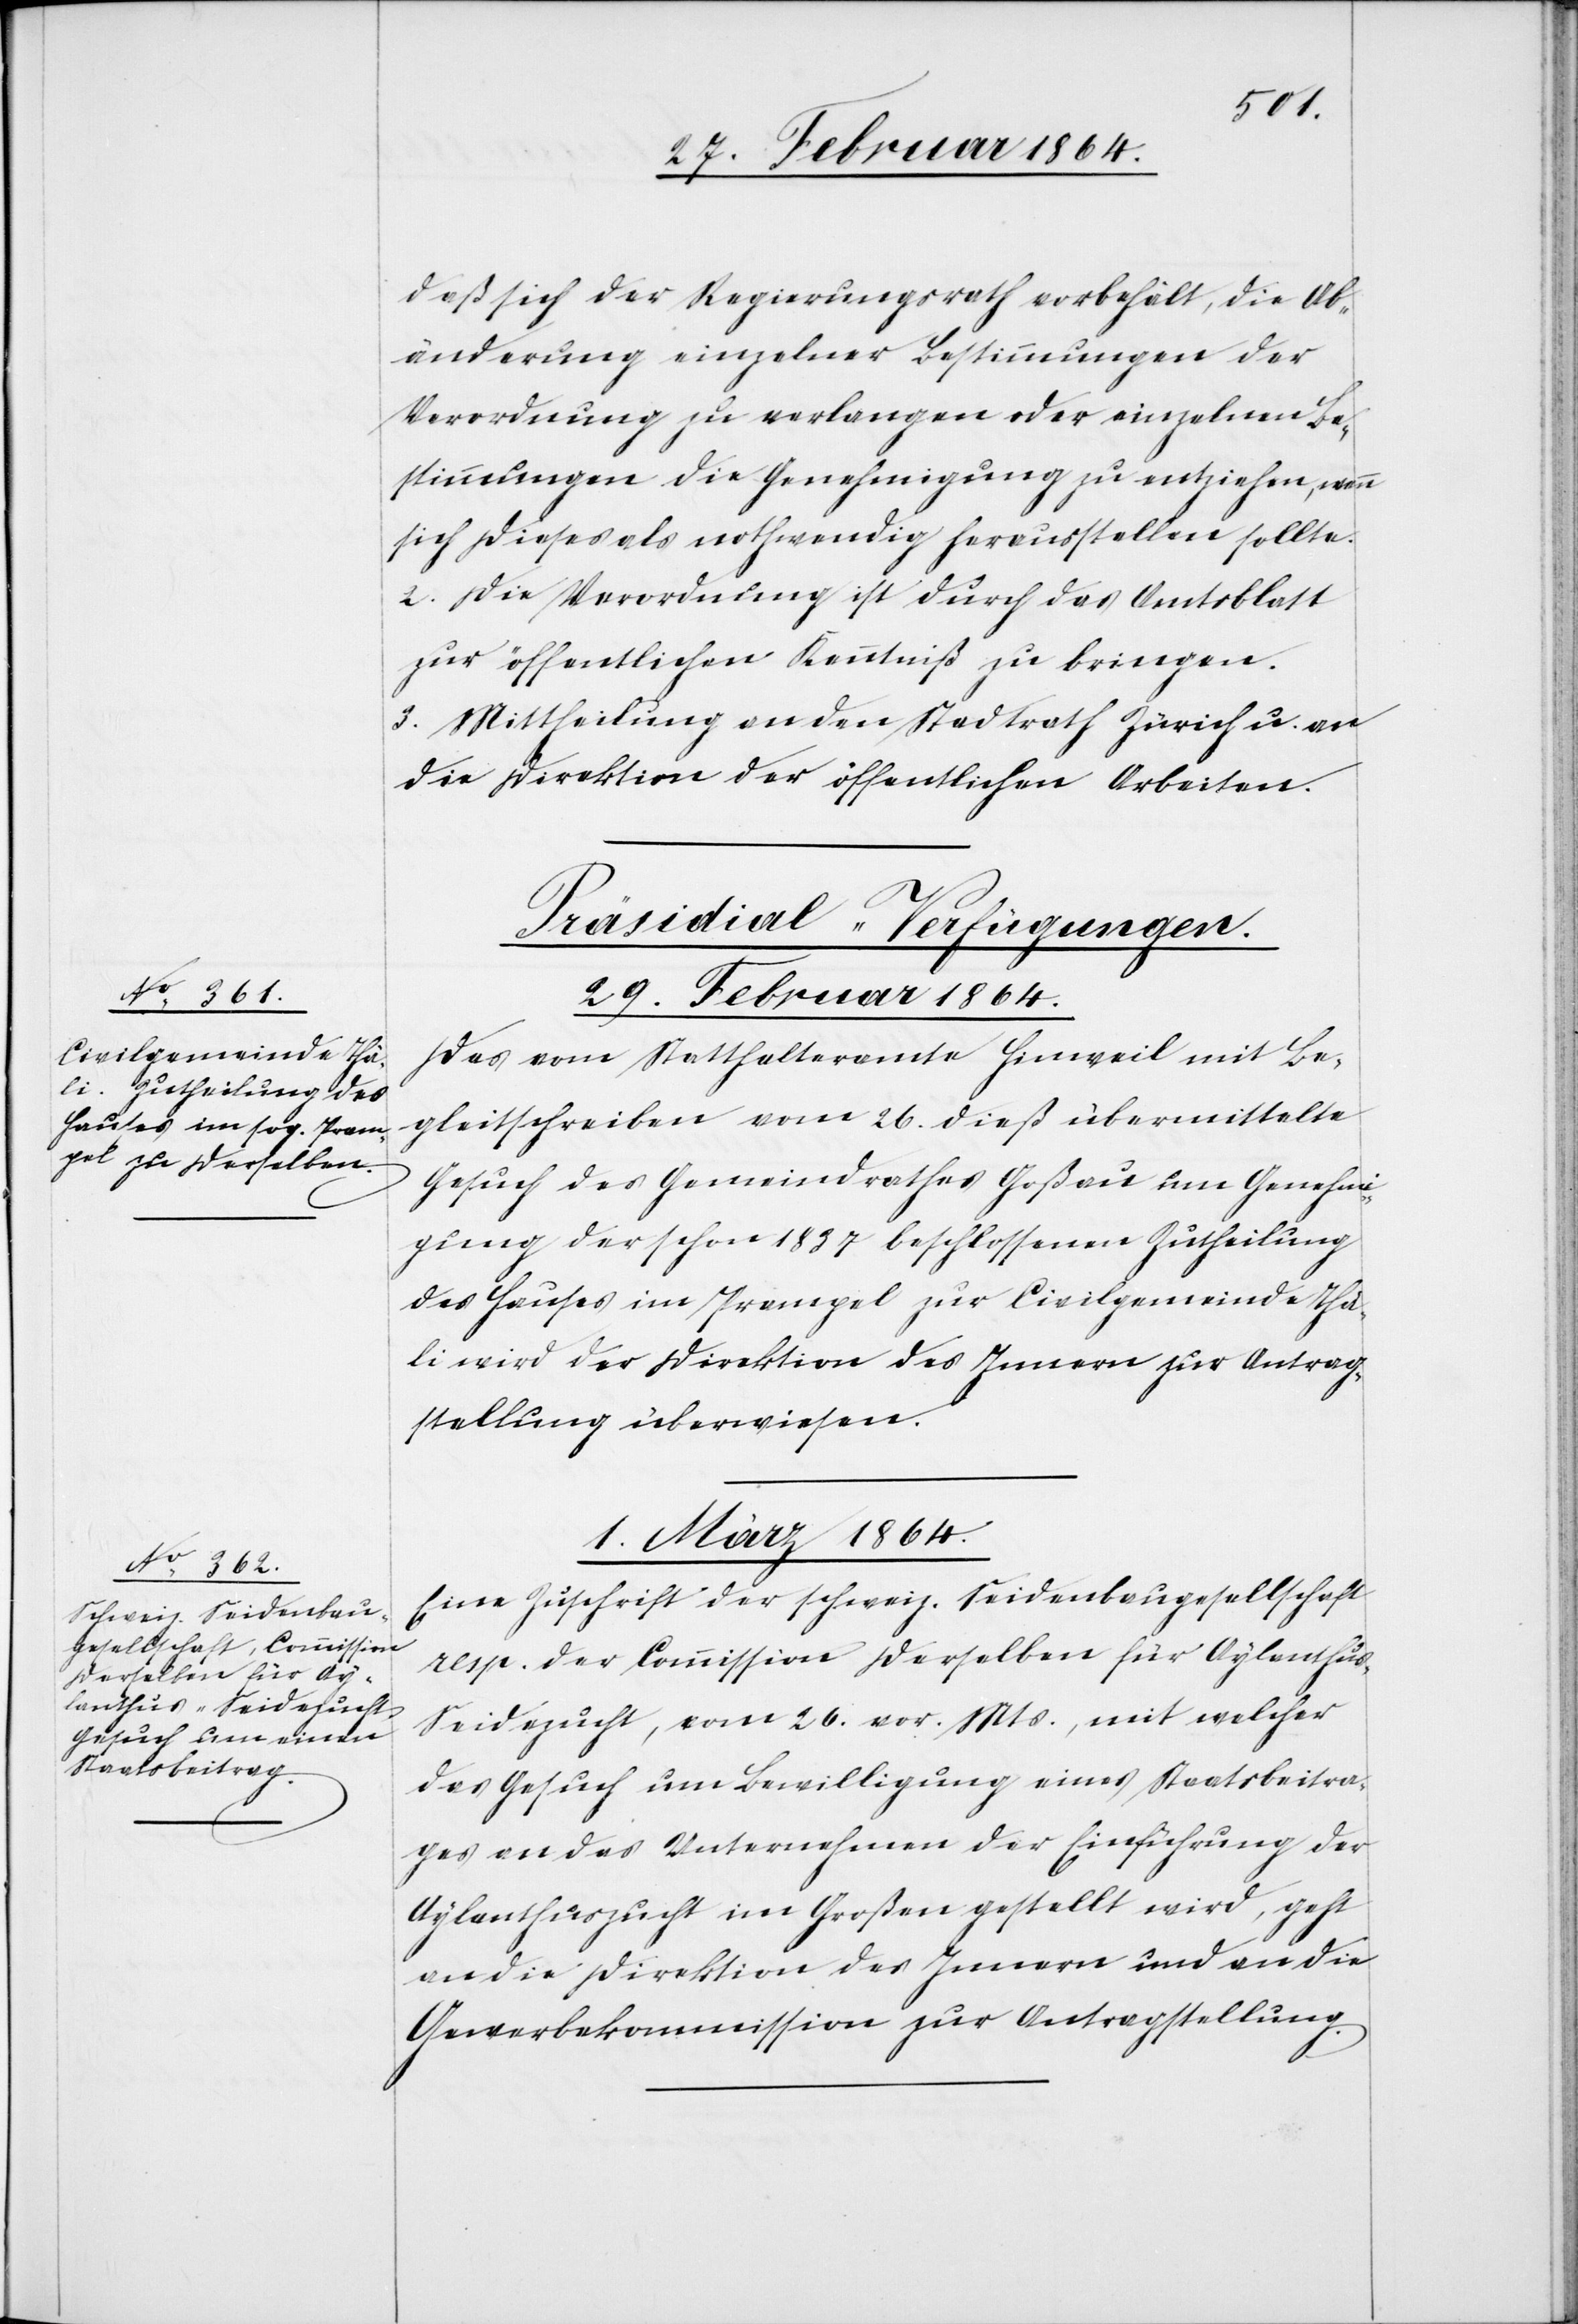
daß sich der Regierungsrath vorbehält, die Ab¬
änderung einzelner Bestimmungen der
Verordnung zu verlangen oder einzelnen Be¬
stimmungen die Genehmigung zu entziehen, wenn
sich dieses als nothwendig herausstellen sollte.
2. Die Verordnung ist durch das Amtsblatt
zur öffentlichen Kenntniß zu bringen.
3. Mittheilung an den Stadtrath Zürich u. an
die Direktion der öffentlichen Arbeiten.
[Präsidial-Verfügungen.]
29. Februar 1864.
Das vom Statthalteramte Hinweil mit Be¬
gleitschreiben vom 26. dieß übermittelte
Gesuch des Gemeindrathes Goßau um Genehmi¬
gung der schon 1837 beschlossenen Zutheilung
des Hauses im Prampel zur Civilgemeinde Thä¬
li wird der Direktion des Innern zur Antrag¬
stellung überwiesen.
1. März 1864.
Eine Zuschrift der schweiz. Seidenbaugesellschaft
resp. der Commission derselben für Aylanthu¬
s-Seidezucht, vom 26. vor. Mts, mit welcher
das Gesuch um Bewilligung eines Staatsbeitra¬
ges an das Unternehmen der Einführung der
Aylanthuszucht im Großen gestellt wird, geht
an die Direktion des Innern und an die
Gewerbekommission zur Antragstellung.